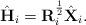
LaTeX: \begin{align*} \hat{\mathbf{H}}_i = \mathbf{R}_i^\frac{1}{2} \hat{\mathbf{X}}_i.\end{align*}